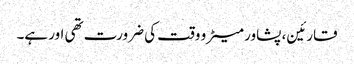
قارئین، پشاور میٹرو وقت کی ضرورت تھی اور ہے۔